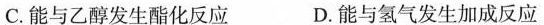
C.能与乙醇发生酯化反应 D.能与氢气发生加成反应